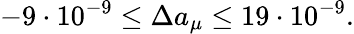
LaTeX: -9\cdot 10^{-9}\leq\Delta a_{\mu}\leq 19\cdot 10^{-9}.